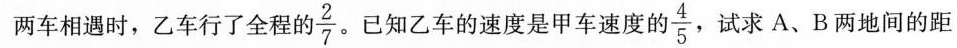
两车相遇时，乙车行了全程的 \frac{2}{7}。已知乙车的速度是甲车速度的 \frac{4}{5} 试求A、B两地间的距